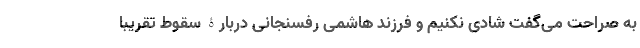
به صراحت می‌گفت شادی نکنیم و فرزند هاشمی رفسنجانی دربارۀ سقوط تقریبا